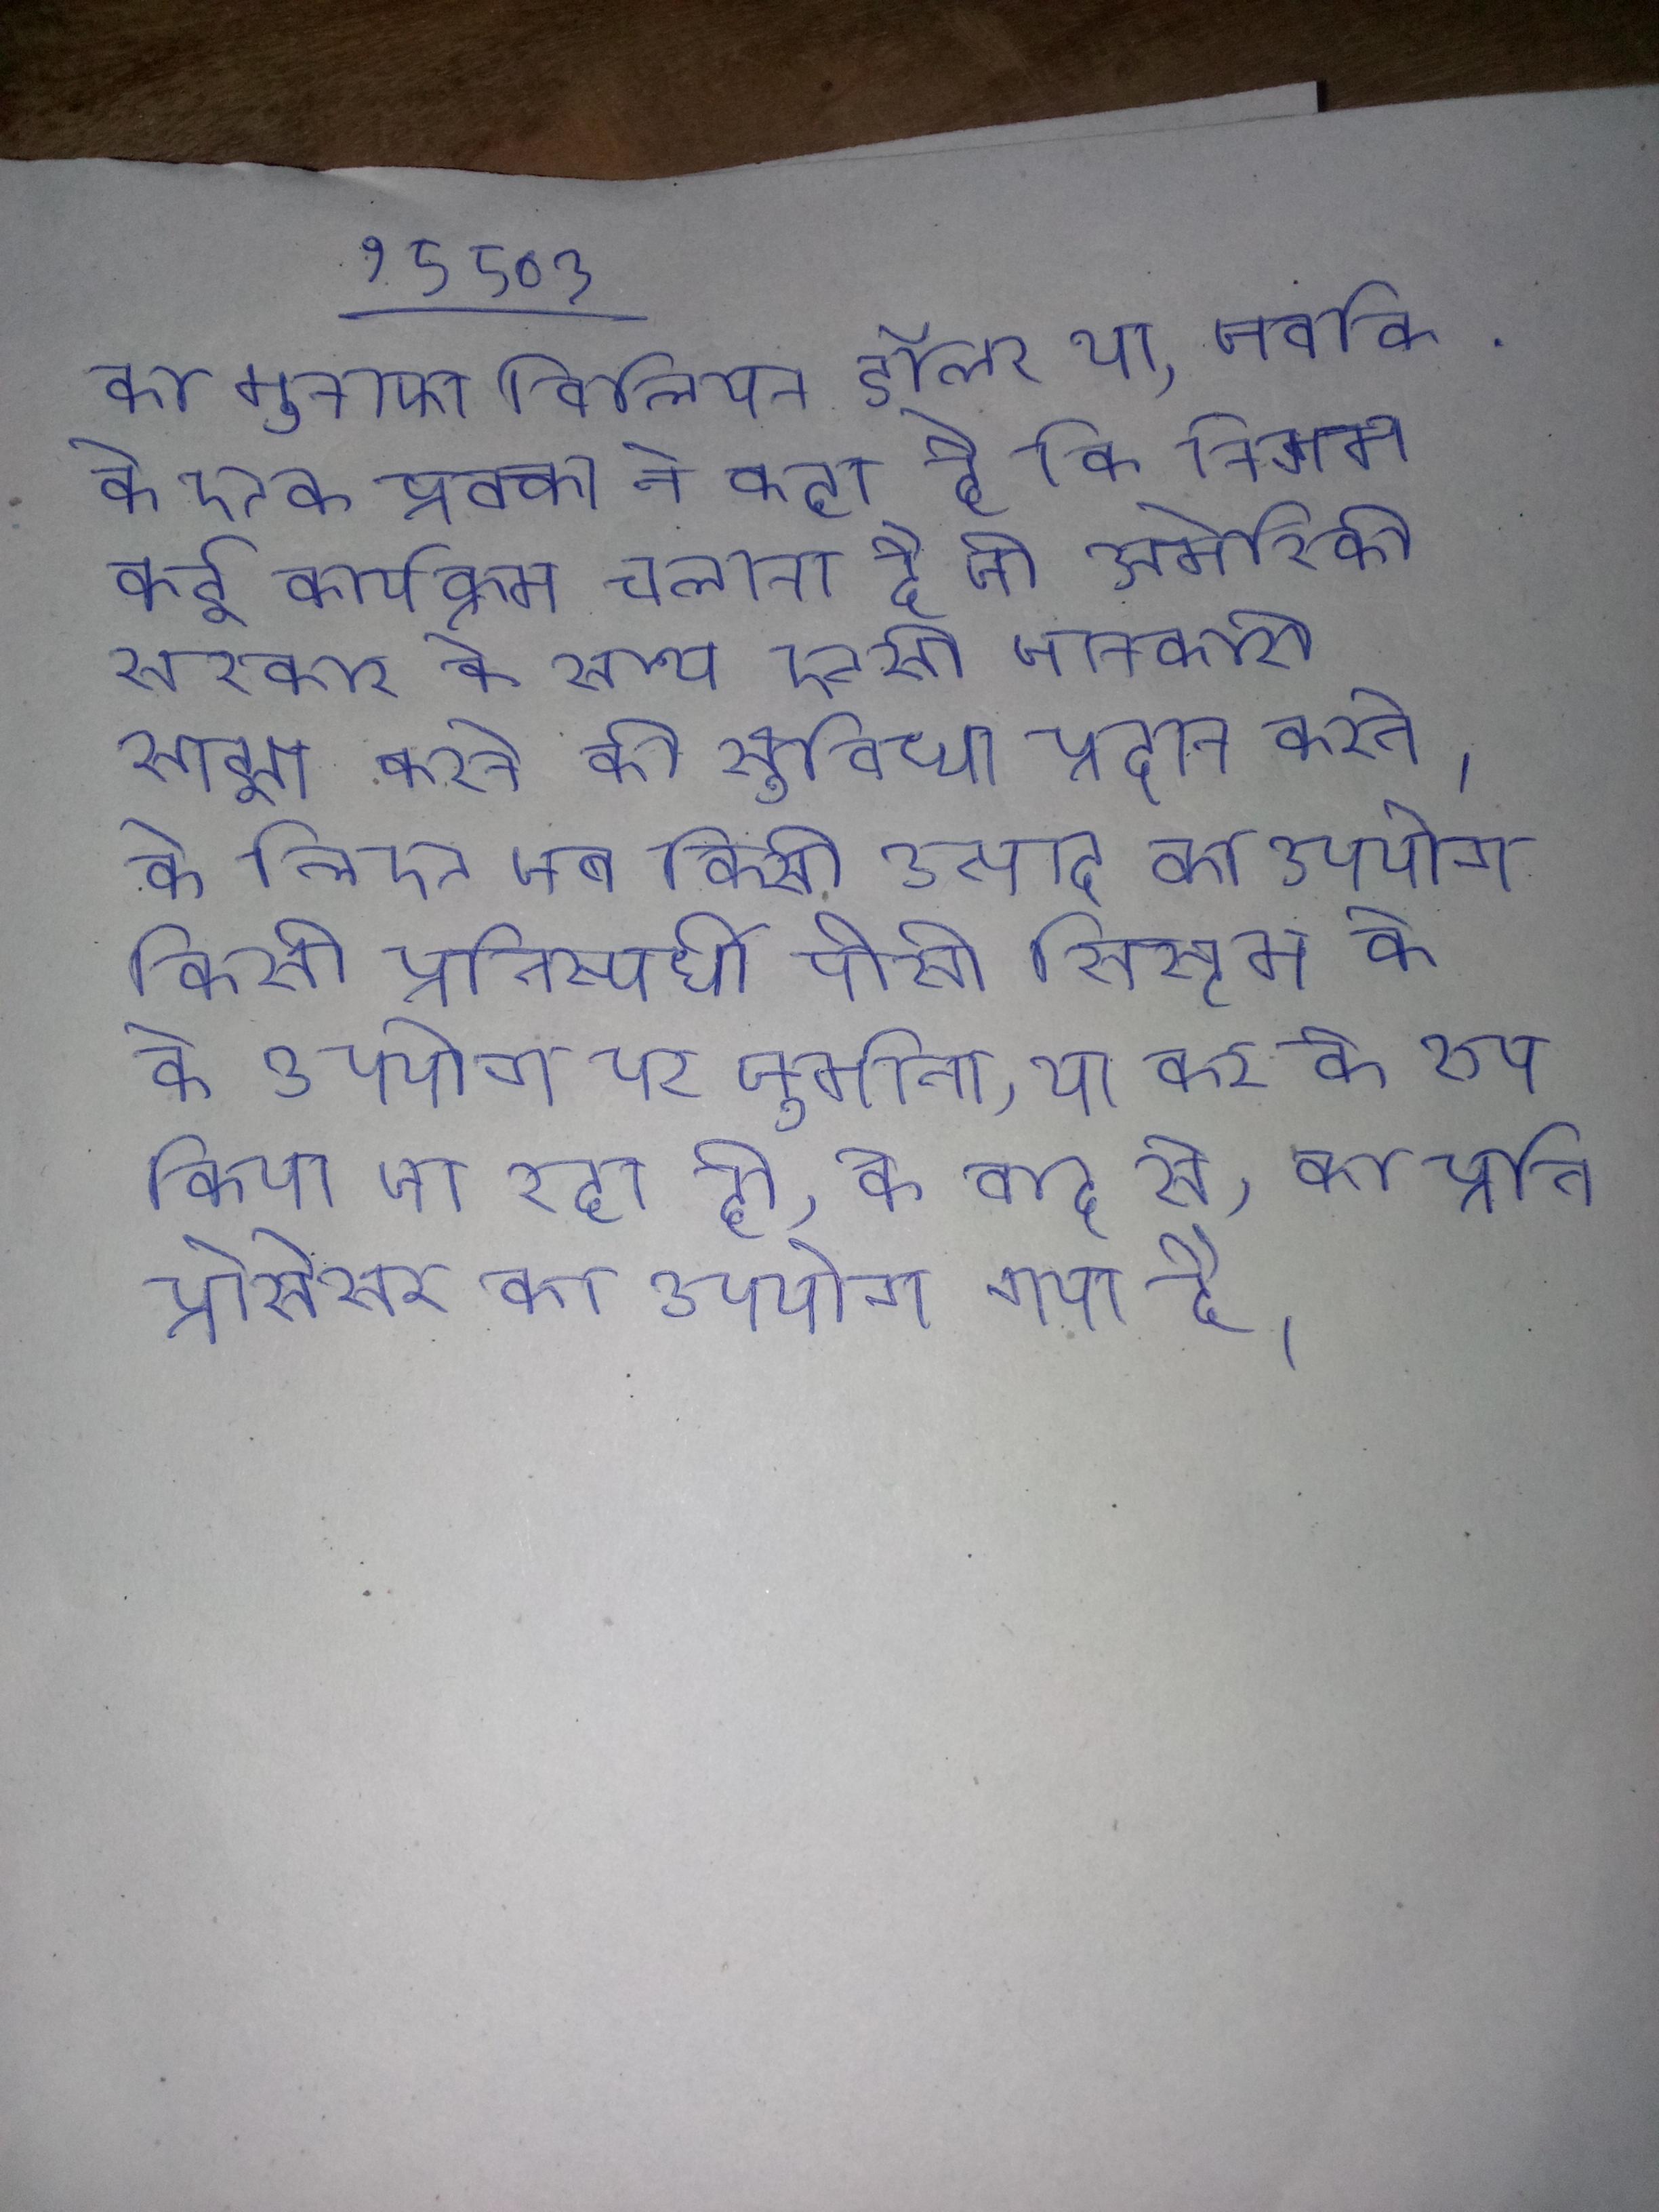
का मुनाफा बिलियन डॉलर था, जबकि . के एक प्रवक्ता ने कहा है कि निगम कई कार्यक्रम चलाता है जो अमेरिकी सरकार के साथ ऐसी जानकारी साझा करने की सुविधा प्रदान करते । के लिए जब किसी उत्पाद का उपयोग किसी प्रतिस्पर्धी पीसी सिस्टम के के उपयोग पर जुर्माना, या कर के रूप किया जा रहा हो, के बाद से, का प्रति प्रोसेसर का उपयोग गया है ।